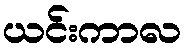
ယင်းကာလ